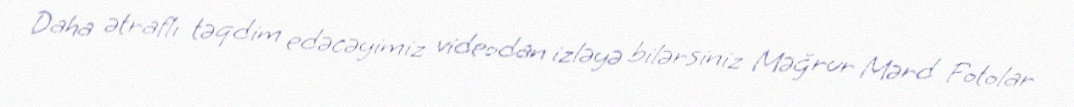
Daha ətraflı təqdim edəcəyimiz videodan izləyə bilərsiniz Məğrur Mərd Fotolar